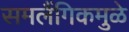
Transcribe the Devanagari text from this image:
समलैंगिकमुळे